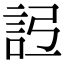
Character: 𧦒